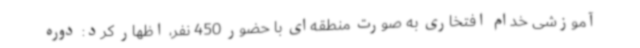
آموزشی خدام افتخاری به صورت منطقه‌ای با حضور 450 نفر، اظهار کرد: دوره